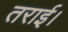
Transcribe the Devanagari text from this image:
तराई।